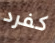
كفرد